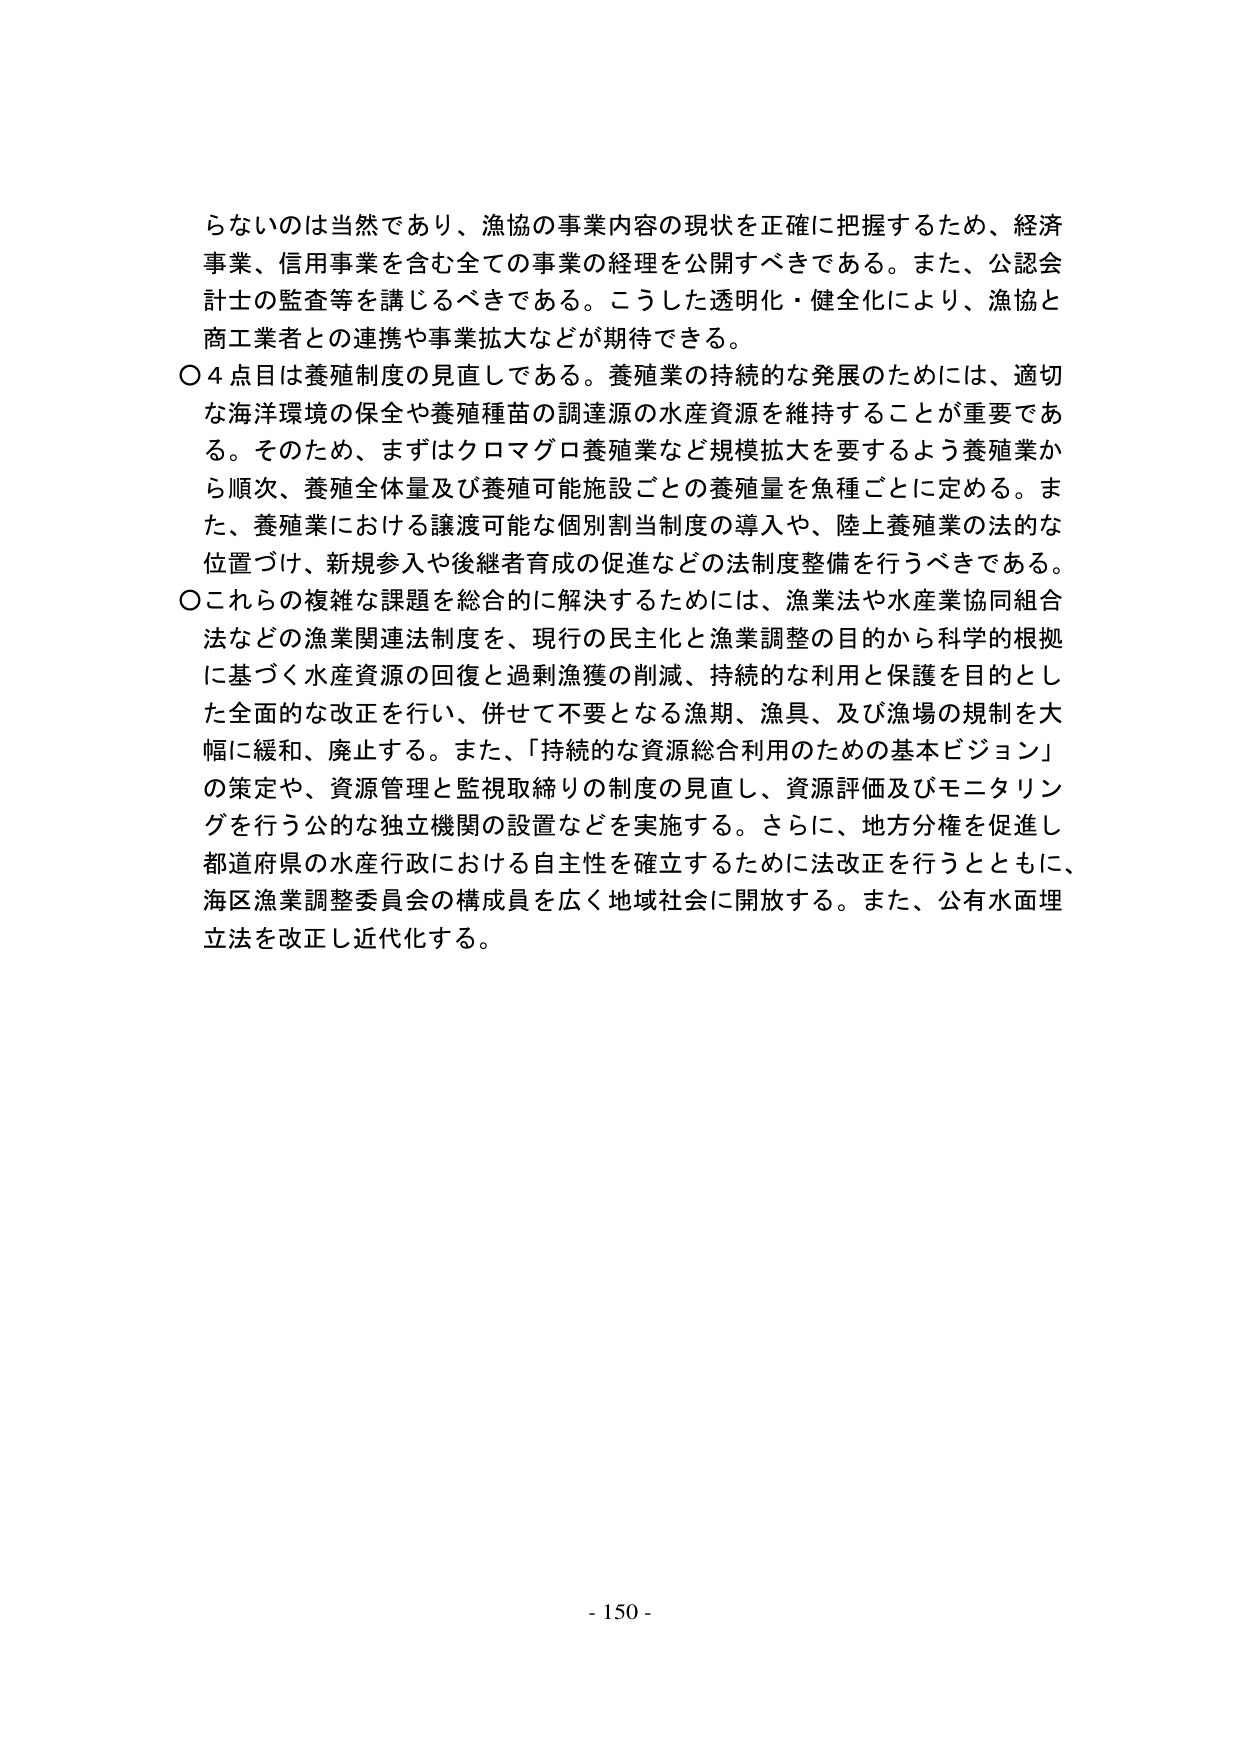
らないのは当然であり、漁協の事業内容の現状を正確に把握するため、経済事業、信用事業を含む全ての事業の経理を公開すべきである。また、公認会計士の監査等を講じるべきである。こうした透明化・健全化により、漁協と商工業者との連携や事業拡大などが期待できる。

○４点目は養殖制度の見直しである。養殖業の持続的な発展のためには、適切な海洋環境の保全や養殖種苗の調達源の水産資源を維持することが重要である。そのため、まずはクロマグロ養殖業など規模拡大を要するよう養殖業から順次、養殖全体量及び養殖可能施設ごとの養殖量を魚種ごとに定める。また、養殖業における譲渡可能な個別割当制度の導入や、陸上養殖業の法的な位置づけ、新規参入や後継者育成の促進などの法制度整備を行うべきである。

○これらの複雑な課題を総合的に解決するためには、漁業法や水産業協同組合法などの漁業関連法制度を、現行の民主化と漁業調整の目的から科学的根拠に基づく水産資源の回復と過剰漁獲の削減、持続的な利用と保護を目的とした全面的な改正を行い、併せて不要となる漁期、漁具、及び漁場の規制を大幅に緩和、廃止する。また、「持続的な資源総合利用のための基本ビジョン」の策定や、資源管理と監視取締りの制度の見直し、資源評価及びモニタリングを行う公的な独立機関の設置などを実施する。さらに、地方分権を促進し都道府県の水産行政における自主性を確立するために法改正を行うとともに、海区漁業調整委員会の構成員を広く地域社会に開放する。また、公有水面埋立法を改正し近代化する。

- 150 -